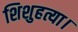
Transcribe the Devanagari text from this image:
शिशुहत्या।